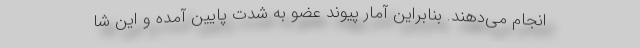
انجام می‌دهند. بنابراین آمار پیوند عضو به شدت پایین آمده و این شا